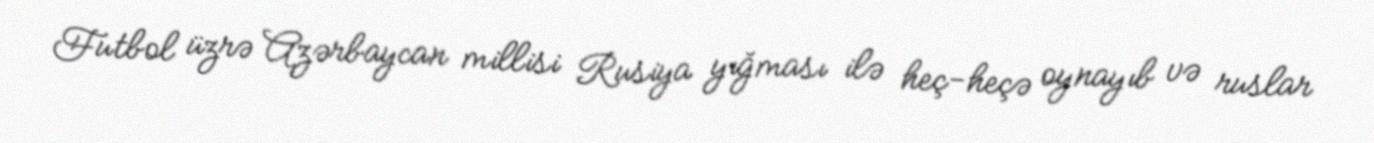
Futbol üzrə Azərbaycan millisi Rusiya yığması ilə heç-heçə oynayıb və ruslar